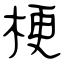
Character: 梗